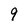
Character: 9